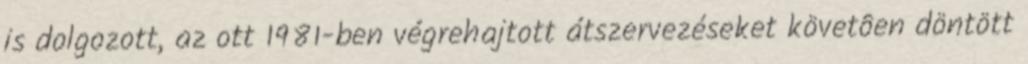
is dolgozott, az ott 1981-ben végrehajtott átszervezéseket követôen döntött